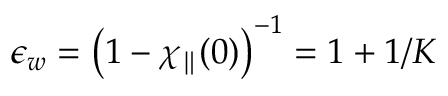
\epsilon _ { w } = \left( 1 - \chi _ { \parallel } ( 0 ) \right) ^ { - 1 } = 1 + 1 / K